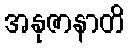
အနုဇာနာတိ